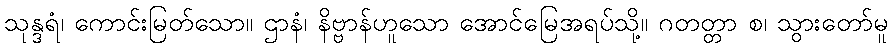
သုန္ဒရံ၊ ကောင်းမြတ်သော။ ဌာနံ၊ နိဗ္ဗာန်ဟူသော အောင်မြေအရပ်သို့။ ဂတတ္တာ စ၊ သွားတော်မူ